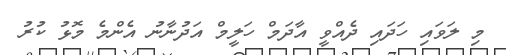
މި ލަވައި ހަދައި ދެއްވީ އާދަމް ހަލީމް އަދުނާނު އެންމެ މޮޅު ކުރު